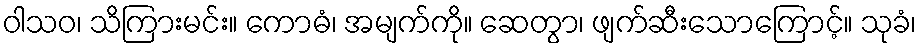
ဝါသဝ၊ သိကြားမင်း။ ကောဓံ၊ အမျက်ကို။ ဆေတွာ၊ ဖျက်ဆီးသောကြောင့်။ သုခံ၊